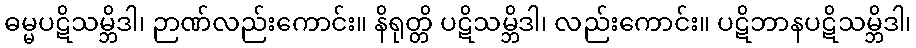
ဓမ္မပဋိသမ္ဘိဒါ၊ ဉာဏ်လည်းကောင်း။ နိရုတ္တိ ပဋိသမ္ဘိဒါ၊ လည်းကောင်း။ ပဋိဘာနပဋိသမ္ဘိဒါ၊